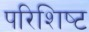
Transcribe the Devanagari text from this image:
परिशिष्‍ट